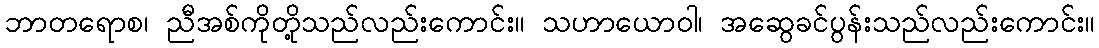
ဘာတရောစ၊ ညီအစ်ကိုတို့သည်လည်းကောင်း။ သဟာယောဝါ၊ အဆွေခင်ပွန်းသည်လည်းကောင်း။